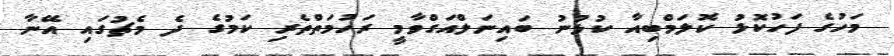
މަހުގެ ފަހުކޮޅު ކޮލަމްބިއާ ކުޅުނު ބައިނަލްއަގްވާމީ ރަހުމަތްތެރި ކަމުގެ ދެ މެޗުގައި އޭނާ